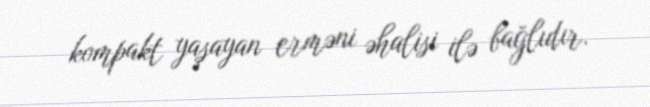
kompakt yaşayan erməni əhalisi ilə bağlıdır.